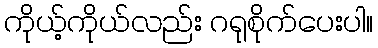
ကိုယ့်ကိုယ်လည်း ဂရုစိုက်ပေးပါ။